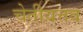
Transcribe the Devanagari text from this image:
चेतीयत्तव